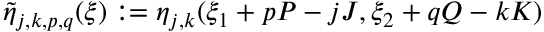
\tilde { \eta } _ { j , k , p , q } ( \boldsymbol { \xi } ) : = \eta _ { j , k } ( \xi _ { 1 } + p P - j J , \xi _ { 2 } + q Q - k K )